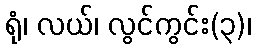
ရုံ၊ လယ်၊ လွင်ကွင်း(၃)၊